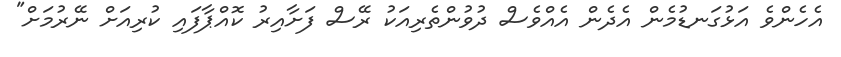
އެހެންވެ އަޅުގަނޑުމެން އެދެން އެއްވެސް ދުވުންތެރިއަކު ރޭސް ފަށާއިރު ކޮއްޕާފައި ކުރިއަށް ނޭރުމަށް"